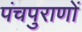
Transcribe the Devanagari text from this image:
पंचपुराणों